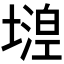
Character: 𡐘